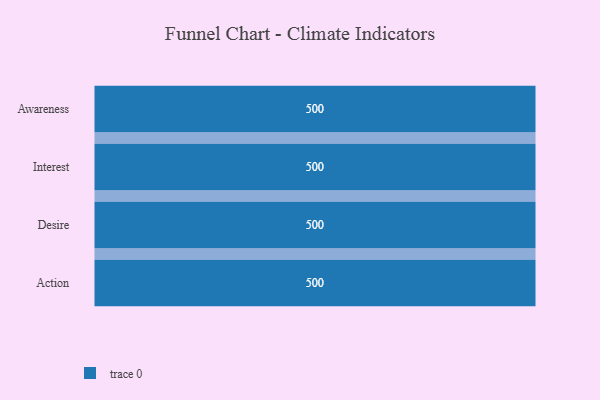
{"axis": {"x": "Stage", "y": "Value"}, "legend": [""], "data": [{"x": "Awareness", "y": 500, "type": ""}, {"x": "Interest", "y": 500, "type": ""}, {"x": "Desire", "y": 500, "type": ""}, {"x": "Action", "y": 500, "type": ""}]}